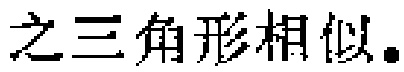
之三角形相似。